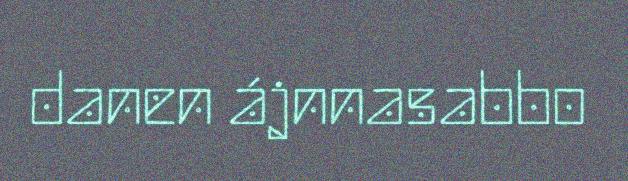
danen ájnnasabbo